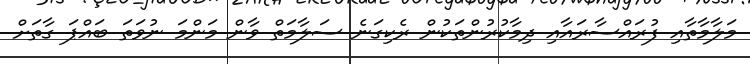
މަލާމާތާއި ފުރައްސާރައާއި ދިމާކުރުންތަކުން ރެކިގަނެ ސަލާމަތް ވާން މަންމަ ނުވަތަ ބައްޕަ ގާތަށް